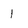
Character: l